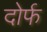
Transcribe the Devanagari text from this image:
दोर्फ